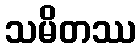
သမိတဿ